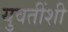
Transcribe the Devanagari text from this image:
युवतींशी